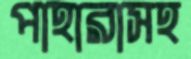
পাহারাসহ